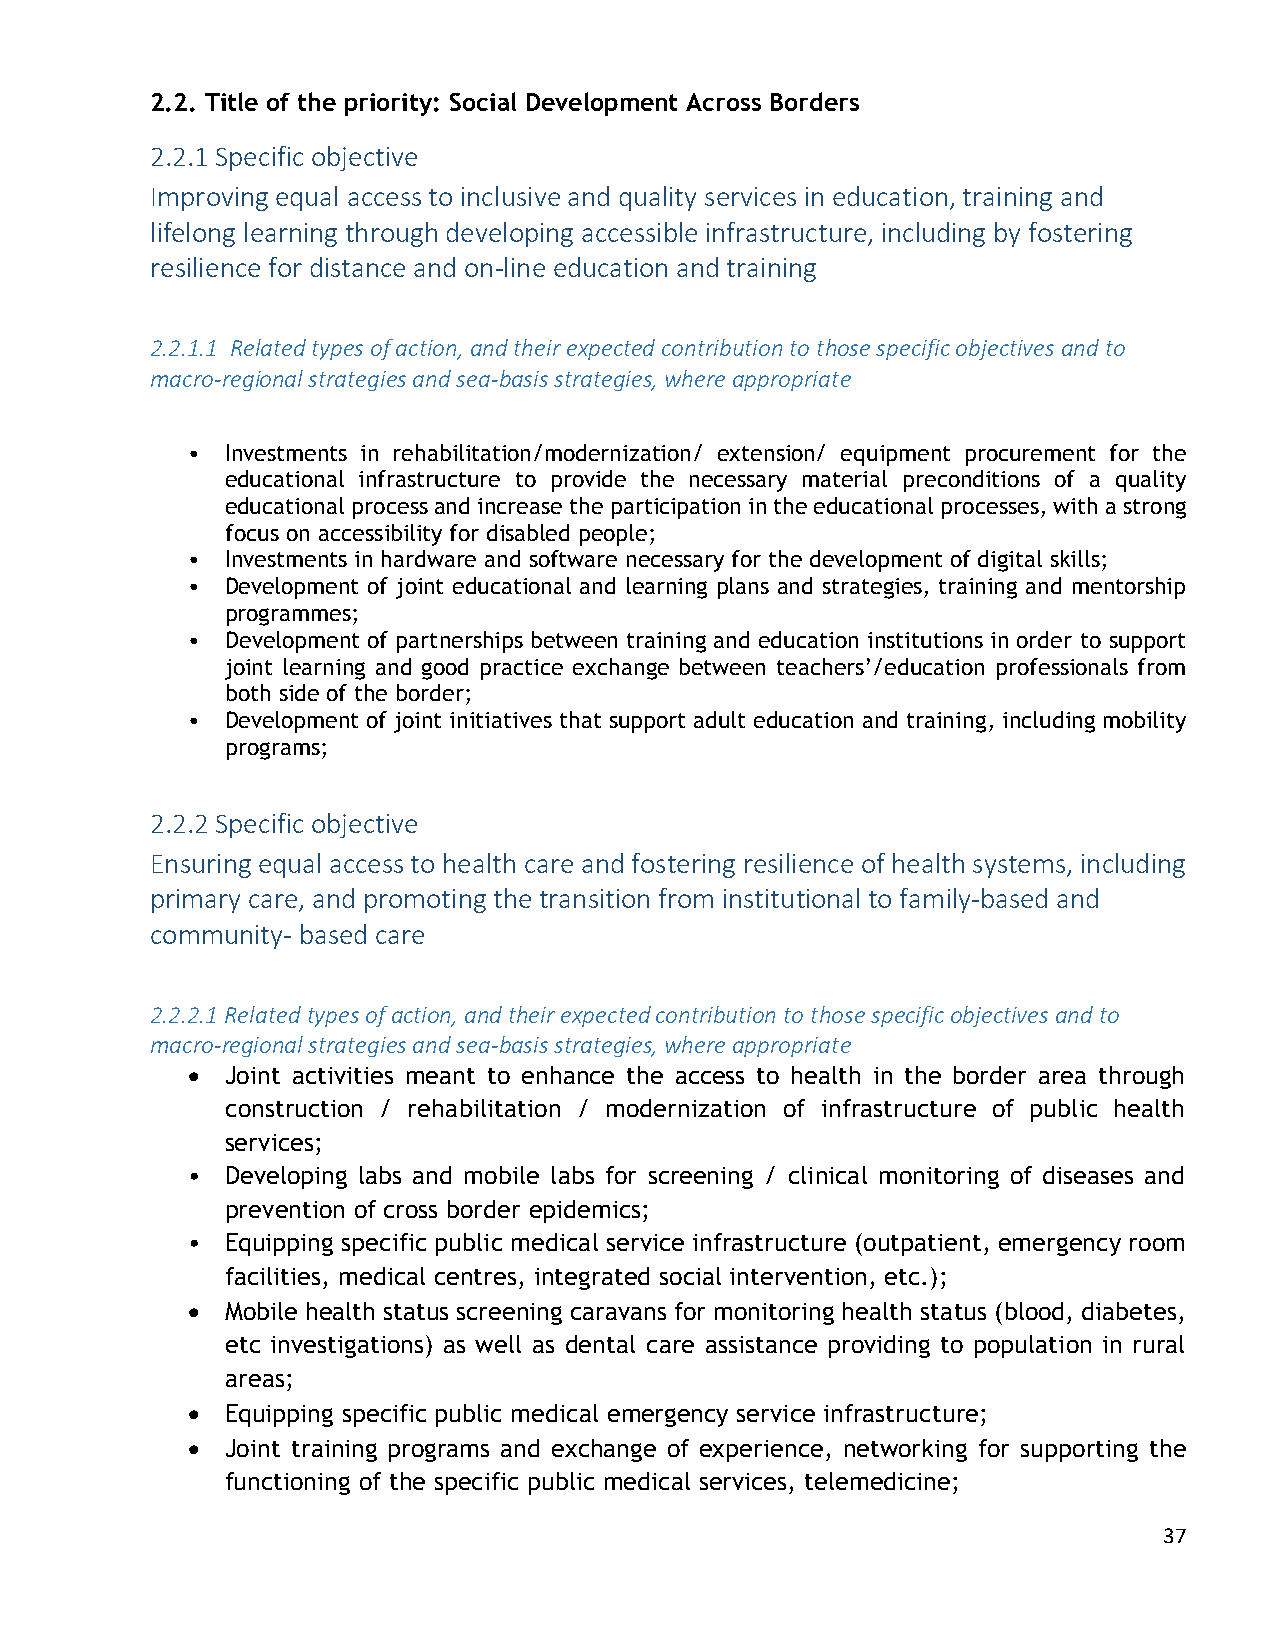
2.2. Title of the priority: Social Development Across Borders
 2.2.1 Specific objective
 Improving equal access to inclusive and quality services in education, training and
 lifelong learning through developing accessible infrastructure, including by fostering
 resilience for distance and on-line education and training
 2.2.1.1 Related types of action, and their expected contribution to those specific objectives and to
 macro-regional strategies and sea-basis strategies, where appropriate
 •  Investments in rehabilitation/modernization/ extension/ equipment procurement for the
 educational infrastructure to provide the necessary material preconditions of a quality
 educational process and increase the participation in the educational processes, with a strong
 focus on accessibility for disabled people;
 •  Investments in hardware and software necessary for the development of digital skills;
 •  Development of joint educational and learning plans and strategies, training and mentorship
 programmes;
 •  Development of partnerships between training and education institutions in order to support
 joint learning and good practice exchange between teachers’/education professionals from
 both side of the border;
 •  Development of joint initiatives that support adult education and training, including mobility
 programs;
 2.2.2 Specific objective
 Ensuring equal access to health care and fostering resilience of health systems, including
 primary care, and promoting the transition from institutional to family-based and
 community- based care
 2.2.2.1 Related types of action, and their expected contribution to those specific objectives and to
 macro-regional strategies and sea-basis strategies, where appropriate
   Joint activities meant to enhance the access to health in the border area through
 construction / rehabilitation / modernization of infrastructure of public health
 services;
 •  Developing labs and mobile labs for screening / clinical monitoring of diseases and
 prevention of cross border epidemics;
 •  Equipping specific public medical service infrastructure (outpatient, emergency room
 facilities, medical centres, integrated social intervention, etc.);
   Mobile health status screening caravans for monitoring health status (blood, diabetes,
 etc investigations) as well as dental care assistance providing to population in rural
 areas;
   Equipping specific public medical emergency service infrastructure;
   Joint training programs and exchange of experience, networking for supporting the
 functioning of the specific public medical services, telemedicine;
 37